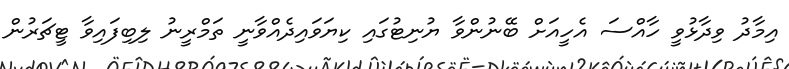
އިމާދު ވިދާޅުވީ ހާއްސަ އެހީއަށް ބޭނުންވާ ޔުނިޓުގައި ކިޔަވައިދެއްވާނީ ތަމްރީނު ލިބިފައިވާ ޓީޗަރުން